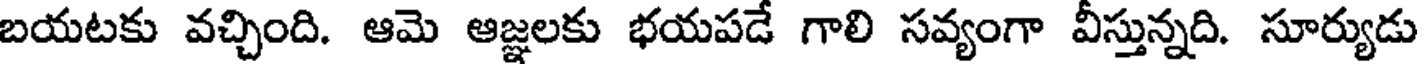
బయటకు వచ్చింది. ఆమె ఆజ్ఞలకు భయపడే గాలి సవ్యంగా వీస్తున్నది. సూర్యుడు